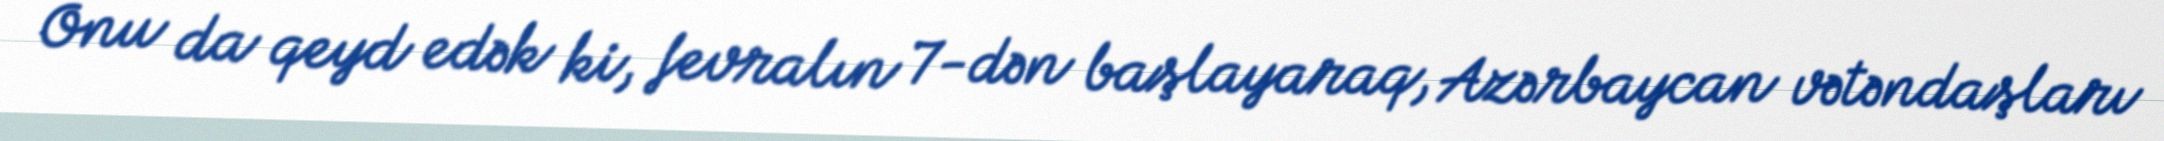
Onu da qeyd edək ki, fevralın 7-dən başlayaraq, Azərbaycan vətəndaşları